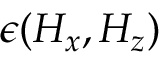
\epsilon ( H _ { x } , H _ { z } )